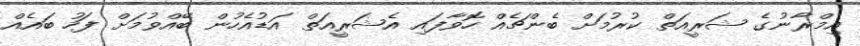
އިމްރާނުގެ ޝަރީއަތް ކުރުމަށް ބެންޗެއް ހޮވާފައި އެޝަރީއަތް އަޑުއެހުން ބޭއްވުމަށް ފަހު ބައެއް